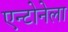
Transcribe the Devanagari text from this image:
एन्टोनेला